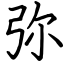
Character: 弥